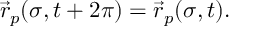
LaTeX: \vec { r } _ { p } ( \sigma , t + 2 \pi ) = \vec { r } _ { p } ( \sigma , t ) .